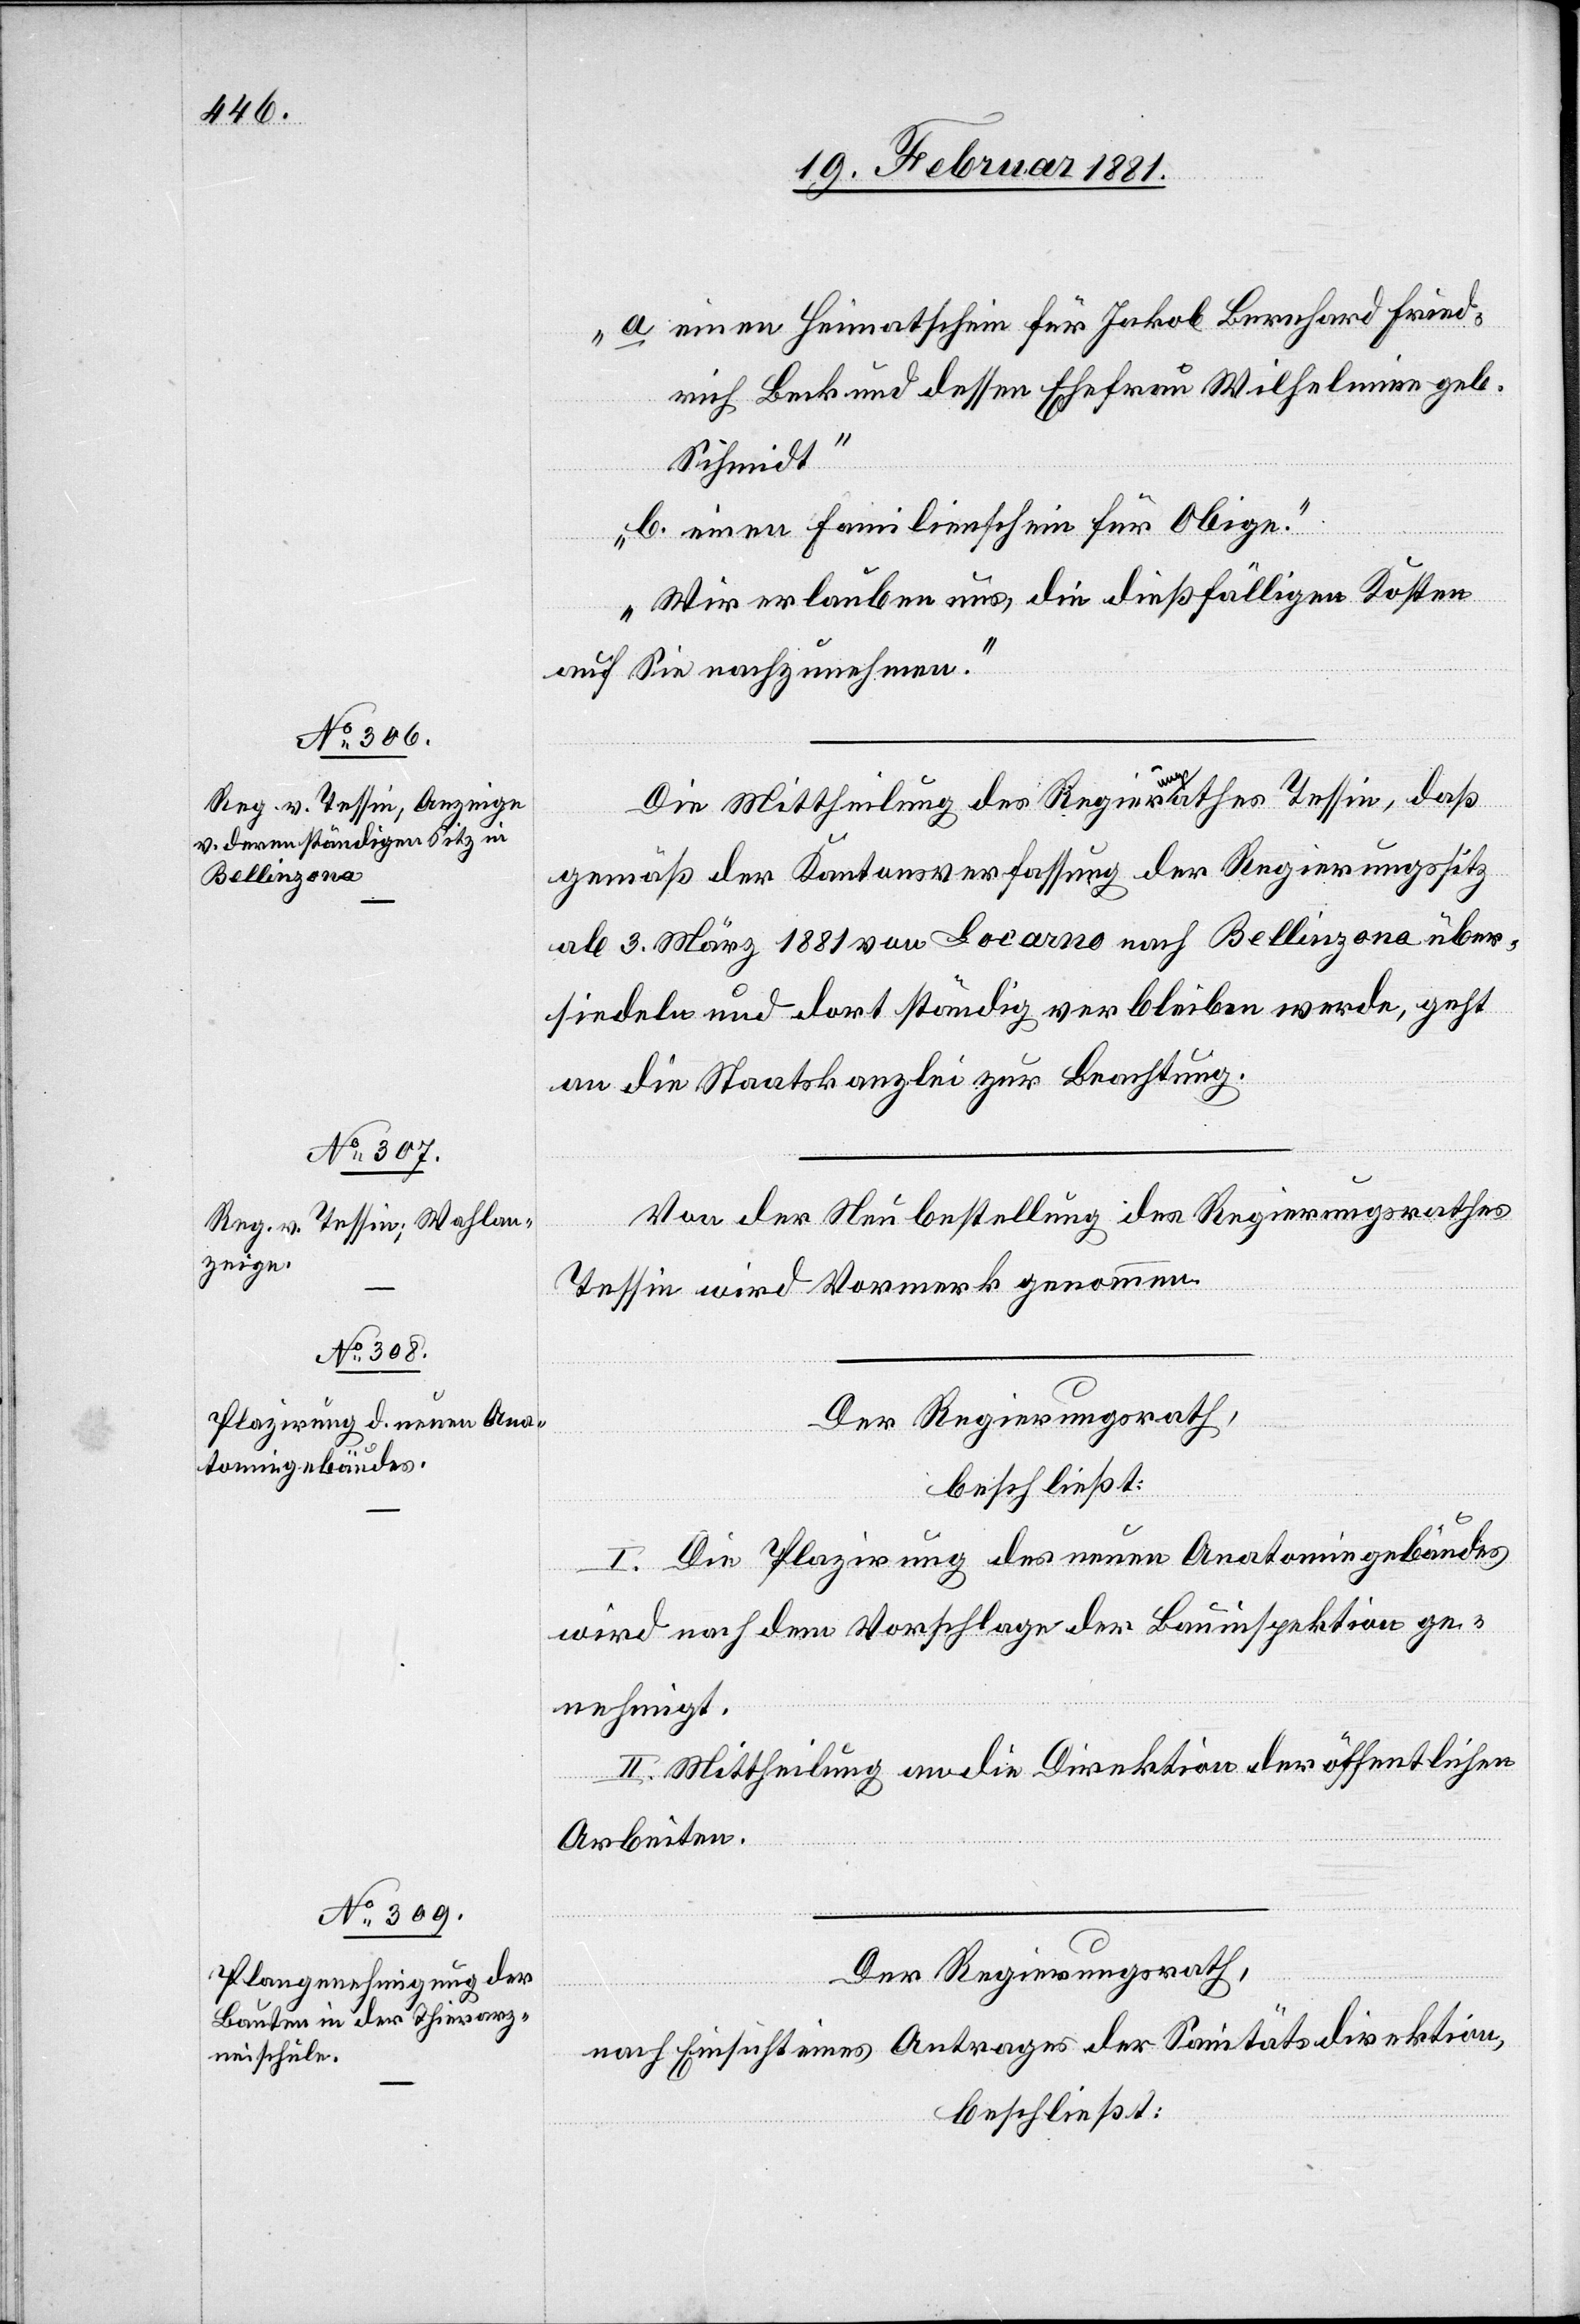
a. einen Heimatschein für Jakob Bernhard Fried¬
rich Beck und dessen Ehefrau Wilhelmine geb.
Schmidt.
b. einen Familienschein für Obige.“
„Wir erlauben uns, die dießfälligen Kosten
auf Sie nachzunehmen.“
Die Mittheilung des Regierungsrathes Tessin, daß
gemäß der Kantonsverfassung der Regierungssitz
ab 3. März 1881 von Locarno nach Bellinzona über¬
siedeln und dort ständig verbleiben werde, geht
an die Staatskanzlei zur Beachtung.
Von der Neubestellung des Regierungsrathes
Tessin wird Vormerk genommen.
Der Regierungsrath,
beschließt:
I. Die Plazirung des neuen Anatomiegebäudes
wird nach dem Vorschlage der Bauinspektion ge¬
nehmigt.
II. Mittheilung an die Direktion der öffentlichen
Arbeiten.
Der Regierungsrath,
nach Einsicht eines Antrages der Sanitätsdirektion,
beschließt: